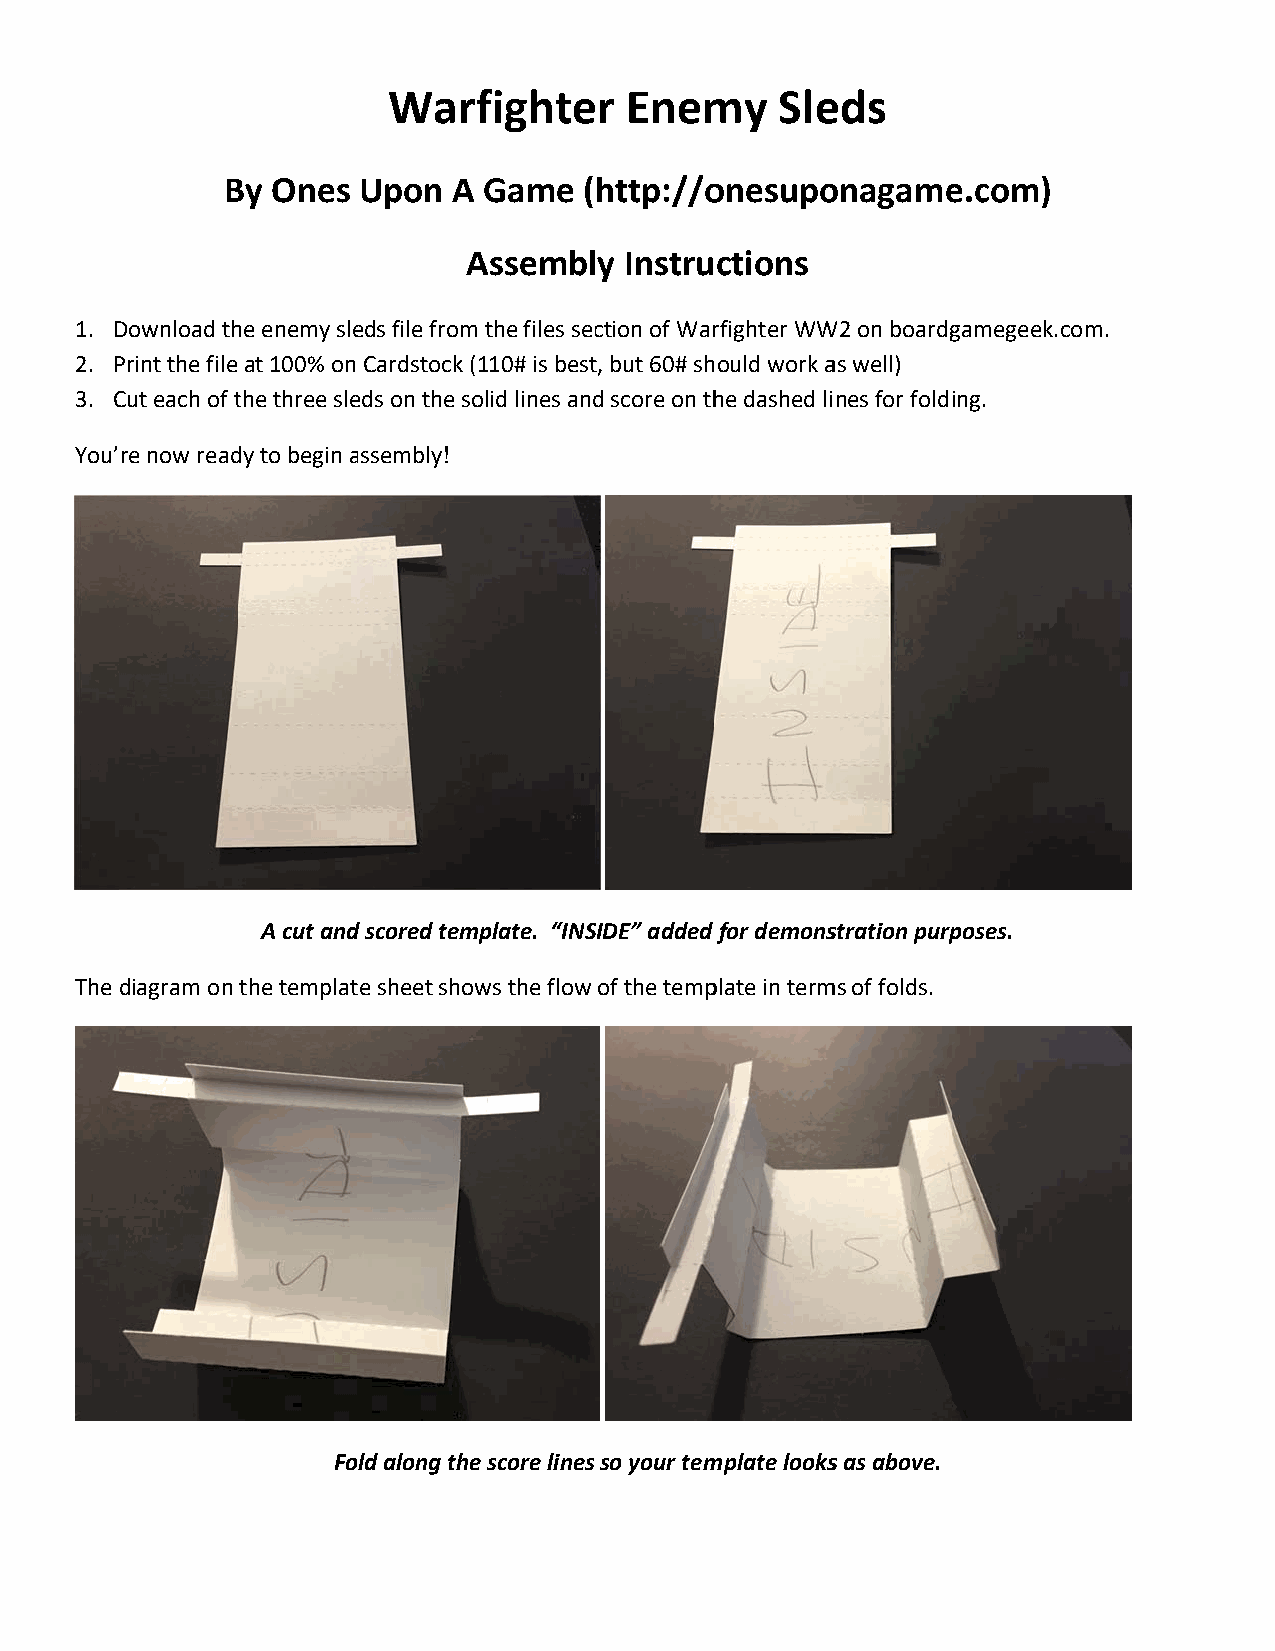
Warfighter     Enemmy     Sleeds
 BBy Ones Upon  A Game   (http://oonesupoonagamee.com)
 AAssembly Instructions
 1. DDownload thhe enemy sleeds file fromm the files secction of Warrfighter WWW2 on boardggamegeek.coom.
 2. PPrint the fileat 100% onCardstock (110# is bestt, but 60# shhould work aas well)
 3. CCut each of tthe three sleeds on the soolid lines andd score on thhe dashed lines for foldiing.
 You’re now readdy to begin aassembly!
 A cut andd scored temmplate. “INSSIDE” added for demonsstration purpposes.
 The diagram on the templatte sheet showws the flow of the tempplate in termms of folds.
 Fold along thee score lines so your temmplate lookss as above.